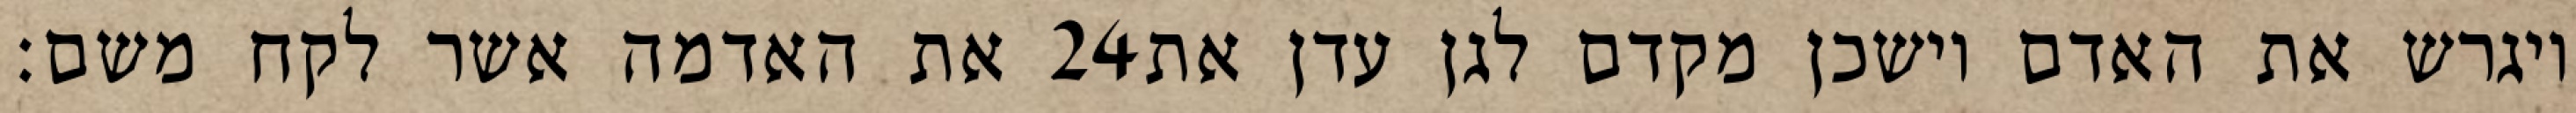
את האדמה אשר לקח משם׃ ‎24‏ ויגרש את האדם וישכן מקדם לגן עדן את